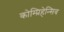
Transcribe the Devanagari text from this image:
कोम्प्रिहेन्सिव